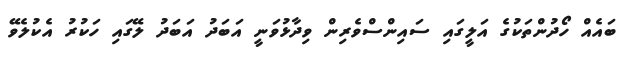
ބައެއް ހޯދުންތަކުގެ އަލީގައި ސައިންސްވެރިން ވިދާޅުވަނީ އަބަދު އަބަދު ލޭގައި ހަކުރު އެކުލެވޭ